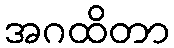
အဂထိတာ